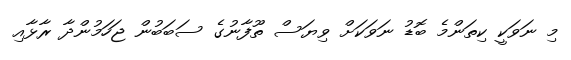
މި ނަވަކީ ކިތަންމެ ބޮޑު ނަވަކަށް ވިޔަސް ތޫފާނުގެ ސަބަބުން ޖަހަމުންދާ ރާޅާއި